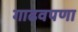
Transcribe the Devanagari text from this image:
गाढवपणा